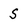
Character: S